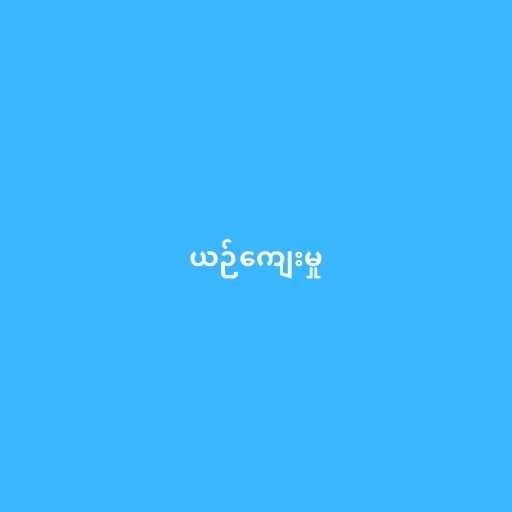
ယဉ်ကျေးမှု